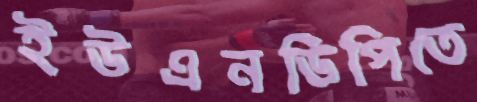
ইউএনডিপিতে